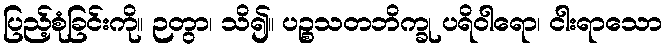
ပြည့်စုံခြင်းကို။ ဉတွာ၊ သိ၍။ ပဉ္စသတဘိက္ခု ပရိဝါရော၊ ငါးရာသော